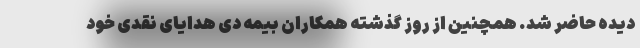
دیده حاضر شد. همچنین از روز گذشته همکاران بیمه دی هدایای نقدی خود